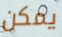
يمكن